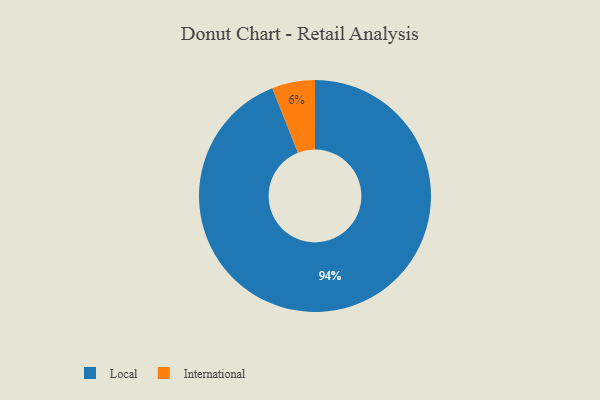
{"axis": {"x": "Category", "y": "Percentage"}, "legend": ["International", "Local"], "data": [{"x": "International", "y": 6, "type": "International"}, {"x": "Local", "y": 94, "type": "Local"}]}